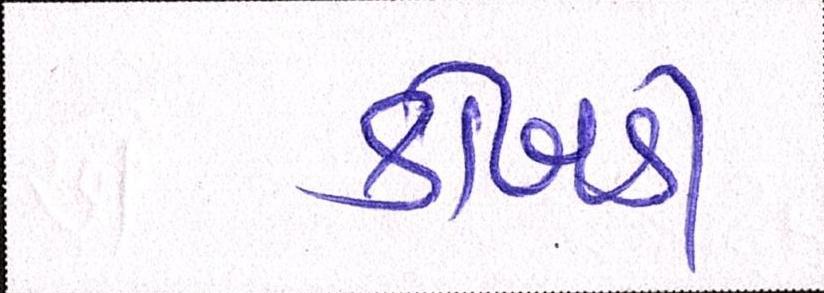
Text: કોબડી